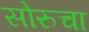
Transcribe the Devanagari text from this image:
सोरुचा